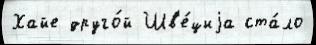
Хайе друго́й Шв'е́циjа ста́ло